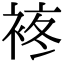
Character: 𧚕